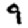
Digit: 9